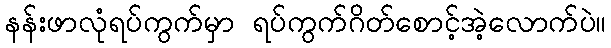
နန်းဖာလုံရပ်ကွက်မှာ ရပ်ကွက်ဂိတ်စောင့်အဲ့လောက်ပဲ။